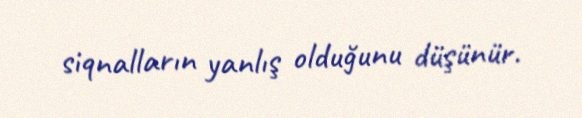
siqnalların yanlış olduğunu düşünür.